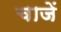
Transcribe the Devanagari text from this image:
चाजें